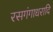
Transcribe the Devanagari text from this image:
रसगंगाधरादि